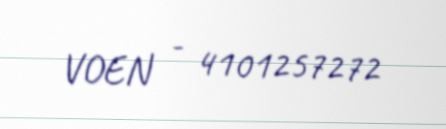
VOEN - 4101257272